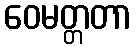
ဝေမတ္တတာ